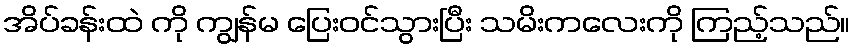
အိပ်ခန်းထဲ ကို ကျွန်မ ပြေးဝင်သွားပြီး သမိးကလေးကို ကြည့်သည်။